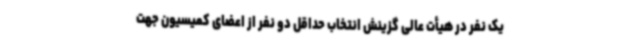
یک نفر در هیأت عالی گزینش انتخاب حداقل دو نفر از اعضای کمیسیون جهت